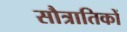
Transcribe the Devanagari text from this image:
सौत्रातिकों